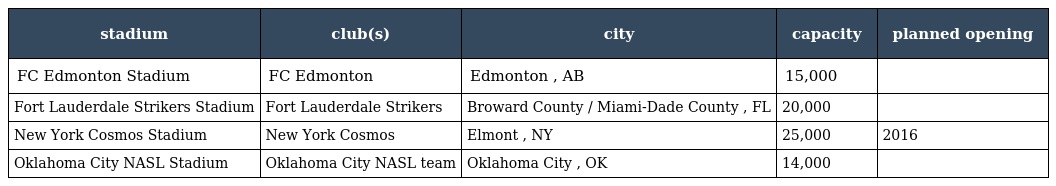
| stadium | club(s) | city | capacity | planned opening |
 | --- | --- | --- | --- | --- |
 | FC Edmonton Stadium | FC Edmonton | Edmonton , AB | 15,000 |  |
 | Fort Lauderdale Strikers Stadium | Fort Lauderdale Strikers | Broward County / Miami-Dade County , FL | 20,000 |  |
 | New York Cosmos Stadium | New York Cosmos | Elmont , NY | 25,000 | 2016 |
 | Oklahoma City NASL Stadium | Oklahoma City NASL team | Oklahoma City , OK | 14,000 |  |